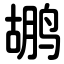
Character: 鹕